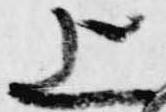
上